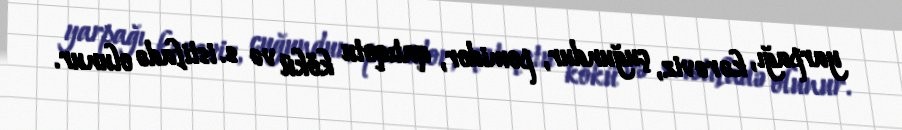
yarpağı, kərəviz, çuğundur, pomidor, qatıqotu kökü və s. istifadə olunur.